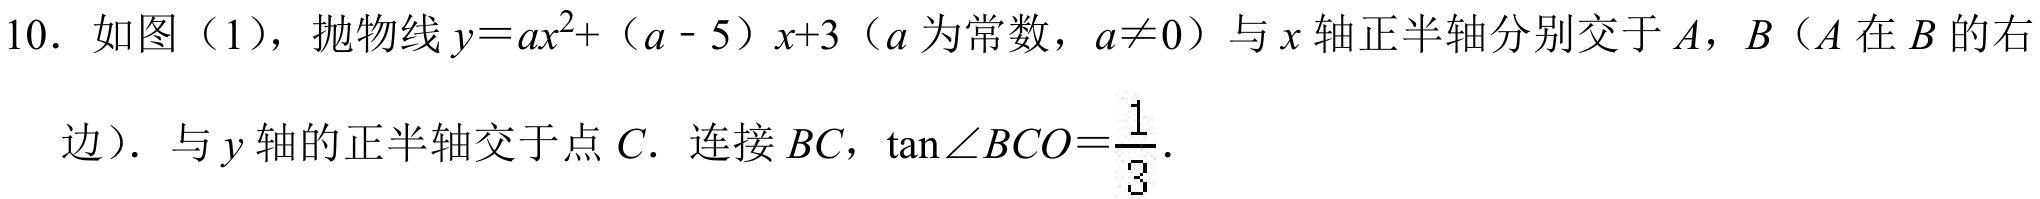
10. 如图（1），抛物线\(y = ax^{2}+(a - 5)x + 3\)（\(a\)为常数，\(a\neq0\)）与\(x\)轴正半轴分别交于\(A\)，\(B\)（\(A\)在\(B\)的右
边）. 与\(y\)轴的正半轴交于点\(C\). 连接\(BC\)，\(\tan\angle BCO=\frac{1}{3}\).